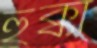
হুক্কা